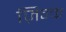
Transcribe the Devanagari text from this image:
ज़िन्क